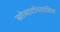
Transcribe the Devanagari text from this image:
सोमाटोस्टाटिन